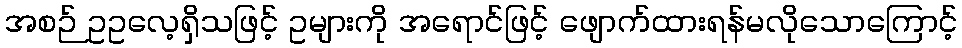
အစဉ် ဥဥလေ့ရှိသဖြင့် ဥများကို အရောင်ဖြင့် ဖျောက်ထားရန်မလိုသောကြောင့်